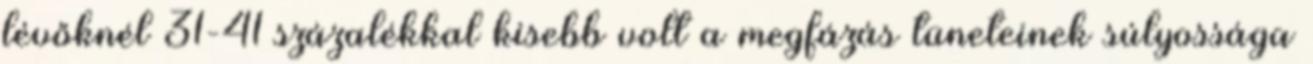
lévőknél 31-41 százalékkal kisebb volt a megfázás tüneteinek súlyossága